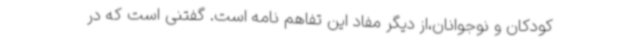
کودکان و نوجوانان،از دیگر مفاد این تفاهم نامه است. گفتنی است که در